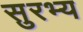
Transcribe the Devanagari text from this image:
सुरभ्य